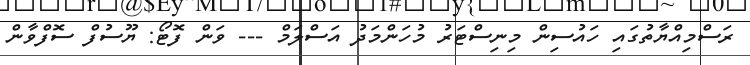
ރަސްމިއްޔާތުގައި ހައުސިން މިނިސްޓަރު މުހަންމަދު އަސްލަމް --- ވަން ފޮޓޯ: ޔޫސުފް ސޮފްވާން